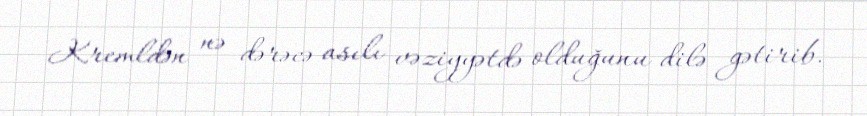
Kremldən nə dərəcə asılı vəziyyətdə olduğunu dilə gətirib.